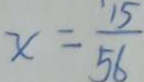
x = \frac { 1 5 } { 5 6 }